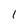
Character: 1